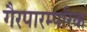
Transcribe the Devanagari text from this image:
गैरपारम्परिक